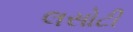
લસોટી